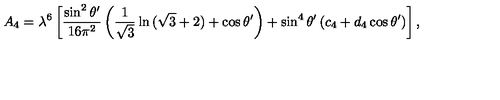
A _ { 4 } = \lambda ^ { 6 } \left[ { \frac { \sin ^ { 2 } \theta ^ { \prime } } { 1 6 \pi ^ { 2 } } } \left( { \frac { 1 } { \sqrt { 3 } } } \ln { ( \sqrt { 3 } + 2 ) } + \cos \theta ^ { \prime } \right) + \sin ^ { 4 } \theta ^ { \prime } \left( c _ { 4 } + d _ { 4 } \cos \theta ^ { \prime } \right) \right] ,